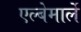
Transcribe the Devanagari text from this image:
एल्बेमार्ले